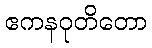
ဧကနဝုတိတော